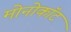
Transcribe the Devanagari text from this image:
मोनोकॉट